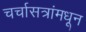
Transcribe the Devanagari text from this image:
चर्चासत्रांमधून